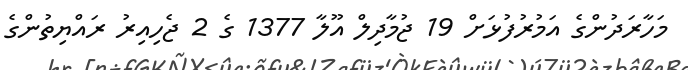
މަހާރަދުންގެ އަމުރުފުޅަށް 19 ޖުމާދިލް އޫލާ 1377 ގެ 2 ޖެހިއިރު ރައްޔިތުންގެ